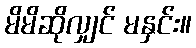
မိမိဆိုလျှင် မနှင်း။